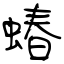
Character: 蝽